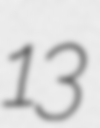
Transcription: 13